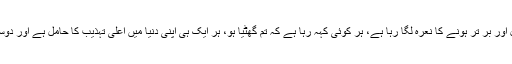
ہر کوئی افضل اور بر تر ہونے کا نعرہ لگا رہا ہے، ہر کوئی کہہ رہا ہے کہ تم گھٹیا ہو، ہر ایک ہی اپنی دنیا میں اعلٰی تہذیب کا حامل ہے اور دوسرا دہشت گرد۔